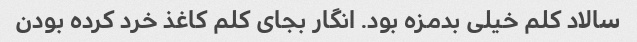
سالاد کلم خیلی بدمزه بود. انگار بجای کلم کاغذ خرد کرده بودن